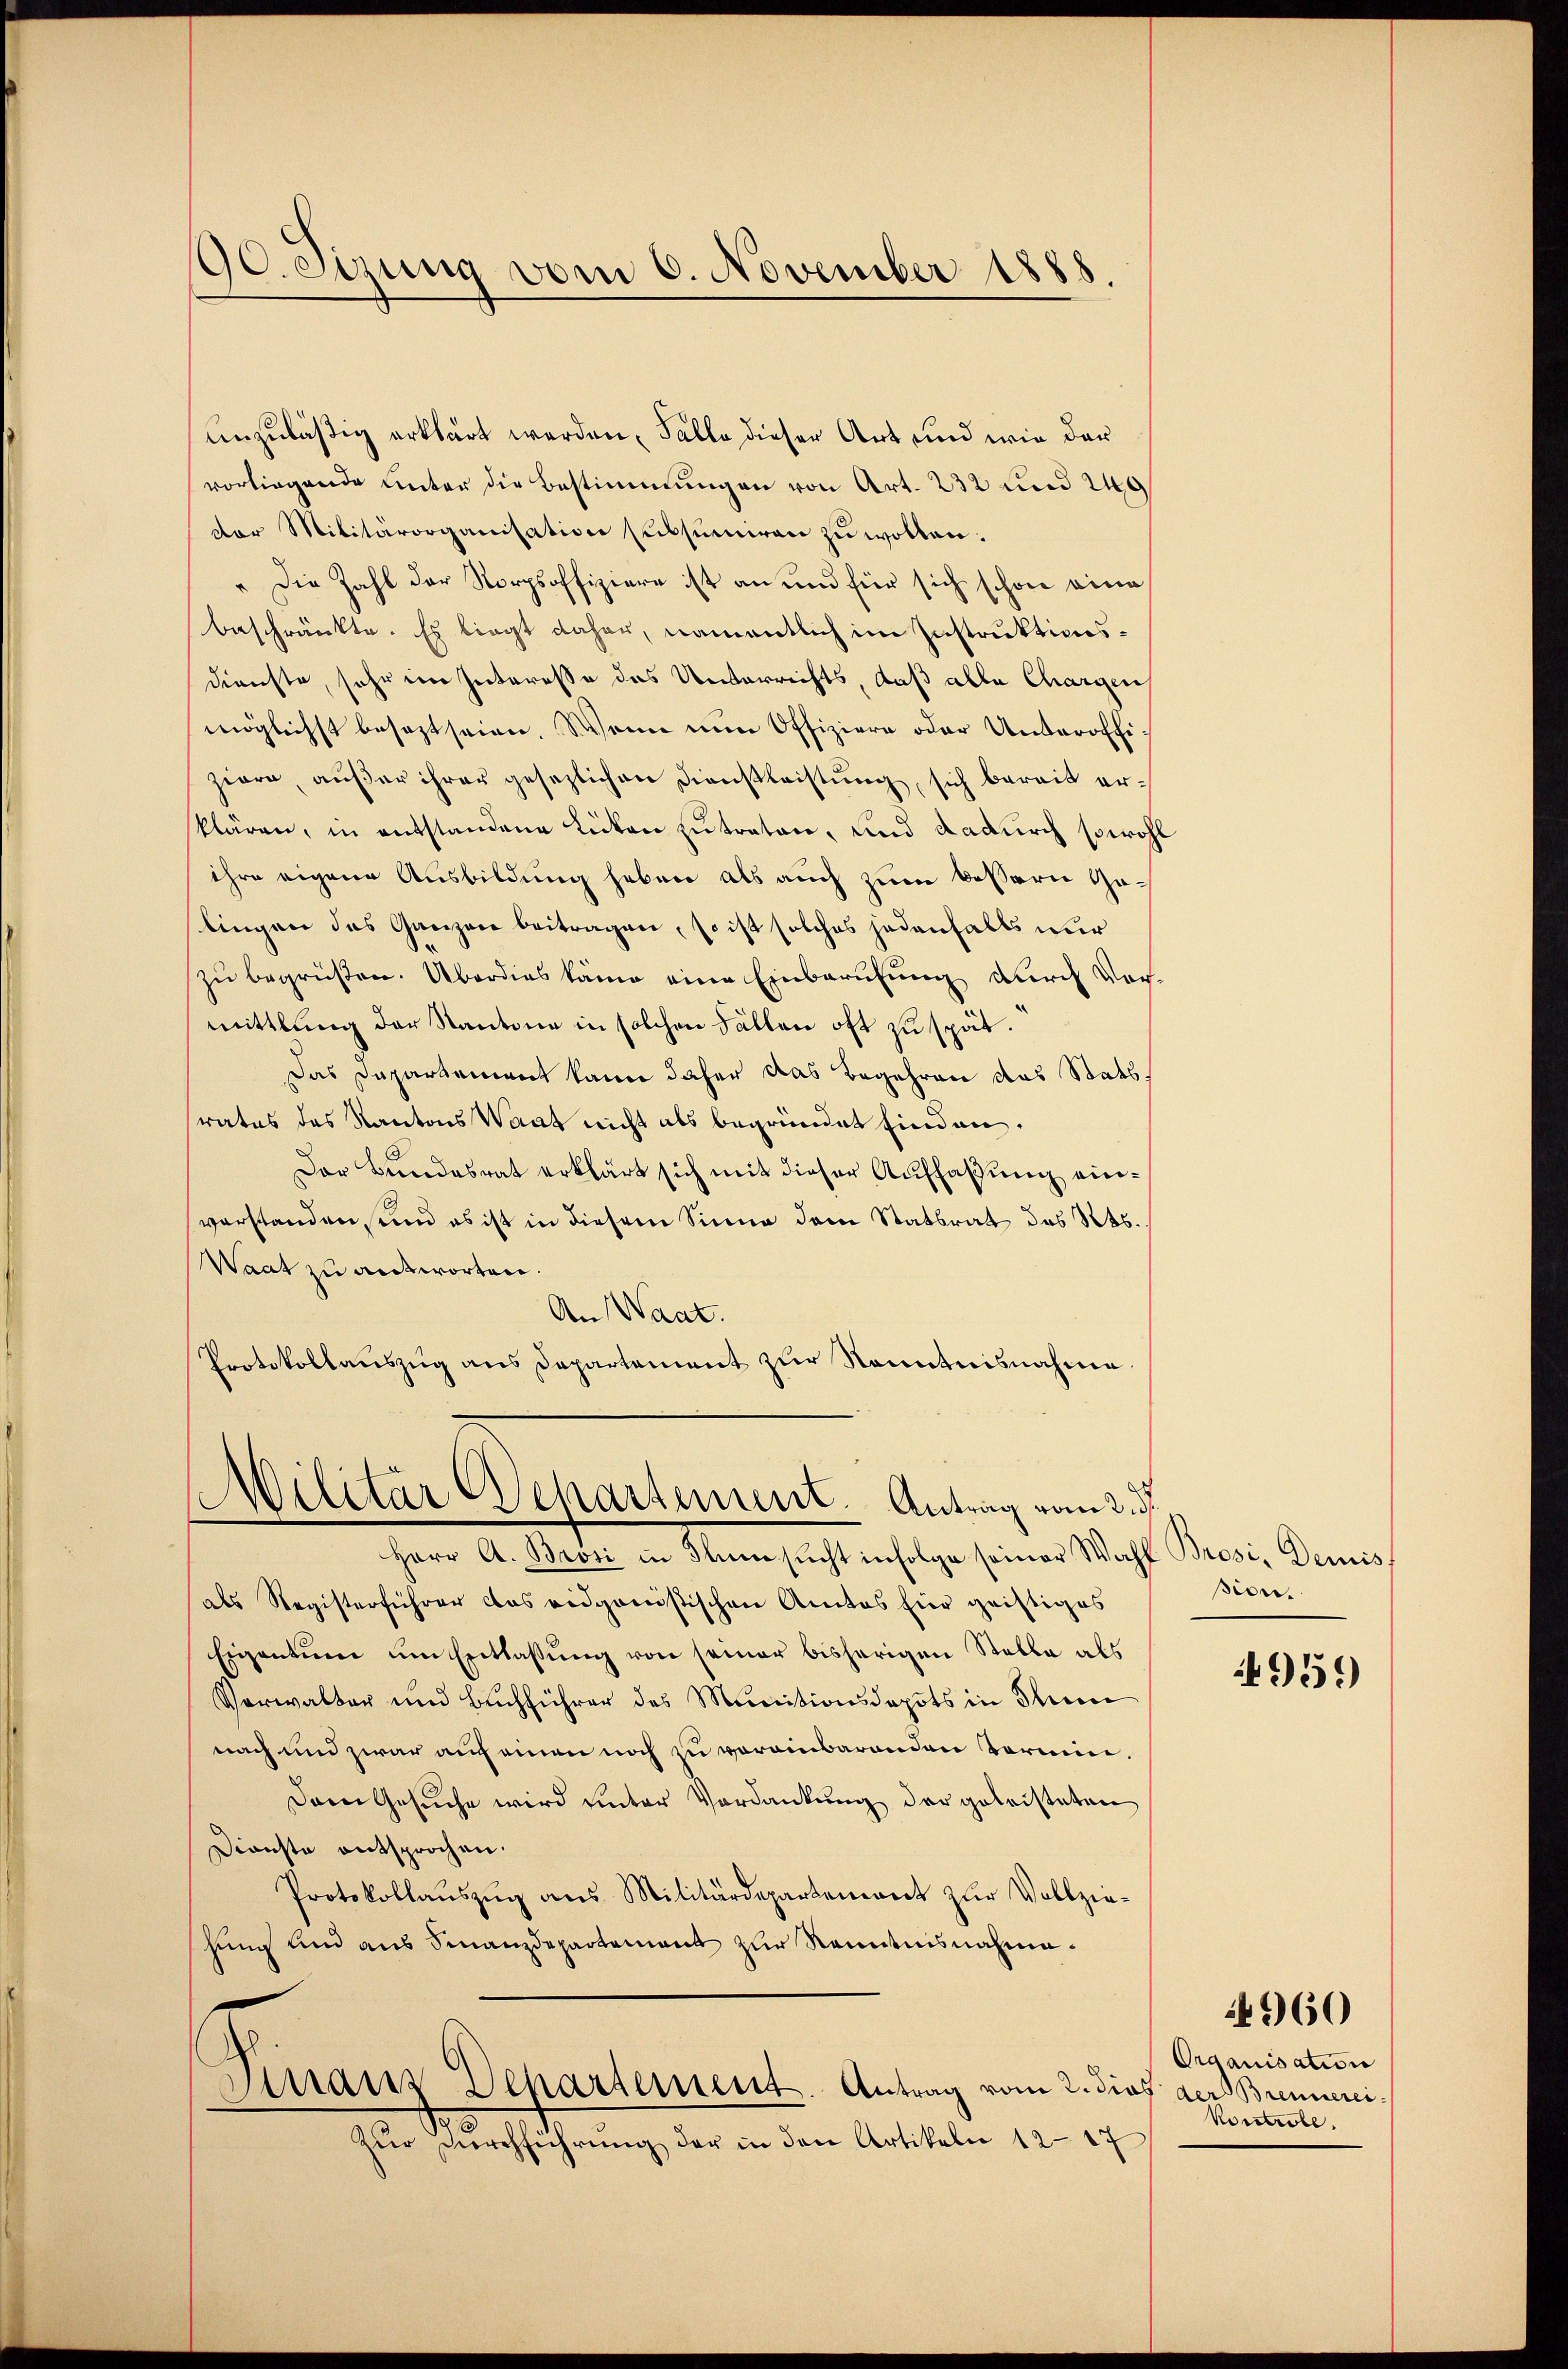
90. Sizung vom 6. November 1888.

vorliegende unter die Bestimmungen von Art. 232 und 240
dor Militärorganisation subsumiren zŭ wollen.
" Die Zahl der Norpsoffiziere ist an und für sich schon eine
beschränkte. Es liegt daher, namentlich im Instruktionsdienste, sehr im Interesse das Unterrichts, daß alle Chargen
möglichst besezt seien. Wenn nun Offiziere oder Unteroffiziere, außer ihrer gesezlichen Dienstleistung, sich bereit erklären, in entstandene Lücken zu traten, und dadurch sowohl
ihre eigene Ausbildung haben als auch zum bessern Gelingen das Ganzen beitragen, so ist solches jedenfalls nur
zu begrüßen. Überdies käme eine Einberufung durch Vormittlung der Kantone in solchen Fällen oft zu spät.
Das Departement kann daher das Begehren das Statsrates des Kantons Waat nicht als begründet finden.
Der Bundesrat erklärt sich mit dieser Auffassung einverstanden, und es ist in diesem Sinne dem Statsrat des Kts.
Waat zu antworten.
An Waat.
Protokollaŭszŭg ans Departement zŭr Kenntnisnahme

unzuläßig erklärt werden, Falle dieser Art und wie der

Militär Departement. Antrag vom 2. d.

Herr A. Brosi in Flimsucht infolge seiner Wahl Brosi, Demis
als Registerführer das eidganistischen Amtes hier geistiges
Eigentum um Entlassung von seiner bisherigen Stalla als
Verwalter und Buchführer des Munitionsdepots in Thun
nach und zwar auch einen noch zu voreinbarenden Termin¬
Dem Gesuche wird unter Verdankung der geleisteten
Dienste entsprochen.
Protokollaŭszŭg ans Militärdepartemont zŭr Vollziehung und aus Finanzdepartement zur Kenntnisnahme¬
Strans Departement. Antrag vom 2. dies der Brennerei
Zŭr Verrchführŭng der in den Artikeln 12-17

sion.

4959

Organisation
Kontube.

4960